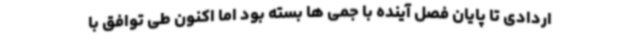
اردادی تا پایان فصل آینده با جمی ها بسته بود اما اکنون طی توافق با